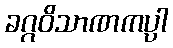
ခဂ္ဂဝိသာဏကပ္ပါ